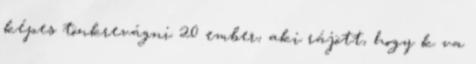
képes tönkrevágni 20 ember, aki rájött, hogy k va